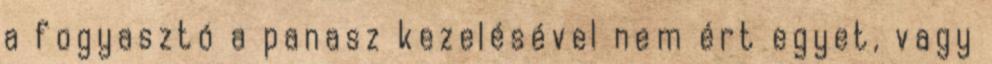
a fogyasztó a panasz kezelésével nem ért egyet, vagy